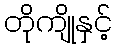
တိုကျိုနှင့်